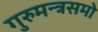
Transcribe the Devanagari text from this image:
गुरुमन्त्रसमो